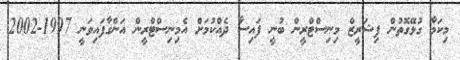
މިކަމާ ގުޅޭގޮތުން ފިޝަރީޒް މިނިސްޓްރީން ބުނީ ފައިސާ ދެއްކުމަށް އެމިނިސްޓްރީން އަންގާފައިވަނީ 1997-2002